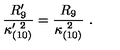
{ \frac { R _ { 9 } ^ { \prime } } { \kappa _ { ( 1 0 ) } ^ { \prime \ 2 } } } = { \frac { R _ { 9 } } { \kappa _ { ( 1 0 ) } ^ { \ 2 } } } \ .